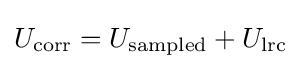
U_{\mathrm {corr} }=U_{\mathrm {sampled} }+U_{\mathrm {lrc} }